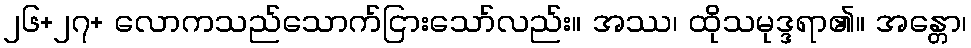
၂၆+၂၇+ လောကသည်သောက်ငြားသော်လည်း။ အဿ၊ ထိုသမုဒ္ဒရာ၏။ အန္တော၊